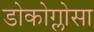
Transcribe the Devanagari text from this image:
डोकोग्लोसा